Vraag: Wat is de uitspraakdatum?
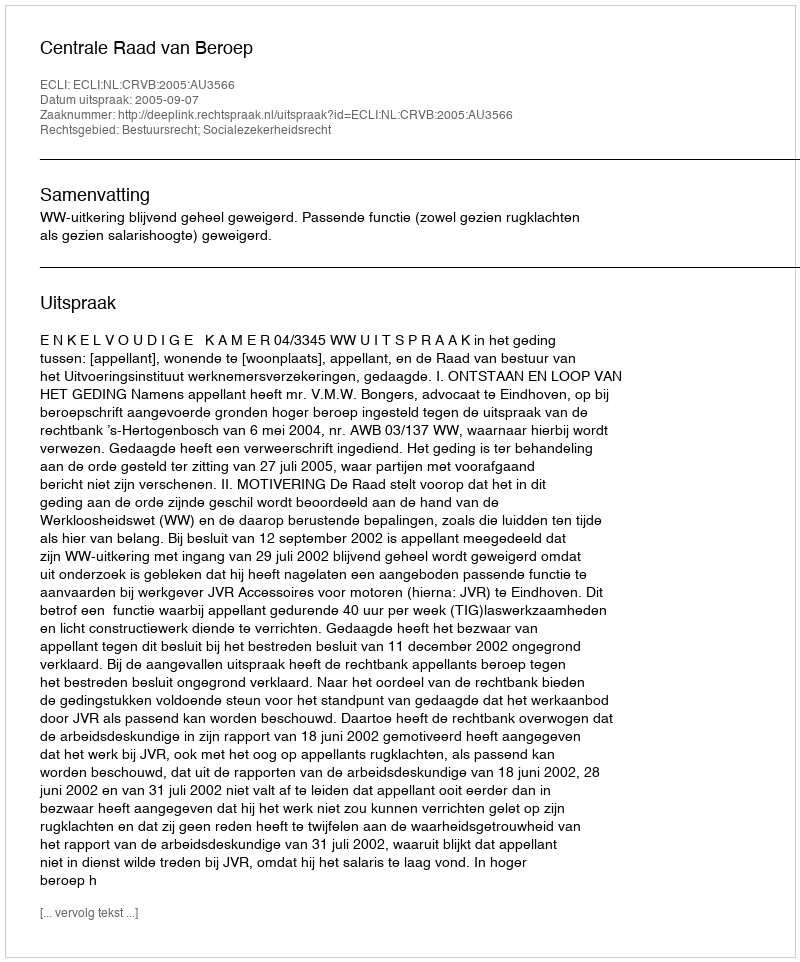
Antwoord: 2005-09-07